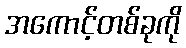
အကောင့်တစ်ခုကို